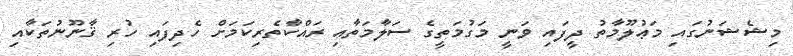
މިޝެޝަނުގައި މަޢުލޫމާތު ދީފައި ވަނީ މަގުމަތީގެ ސަލާމަތާއި ރައްކާތެރިކަމަށް ހެދިފައި ހުރި ޤާނޫނުތަކާއި